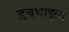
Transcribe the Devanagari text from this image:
डबघाइला